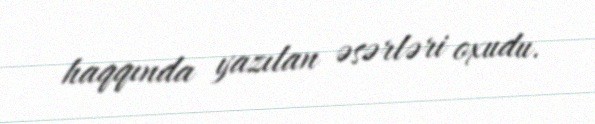
haqqında yazılan əsərləri oxudu.